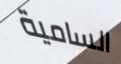
السامية